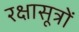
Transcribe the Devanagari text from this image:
रक्षासूत्रों